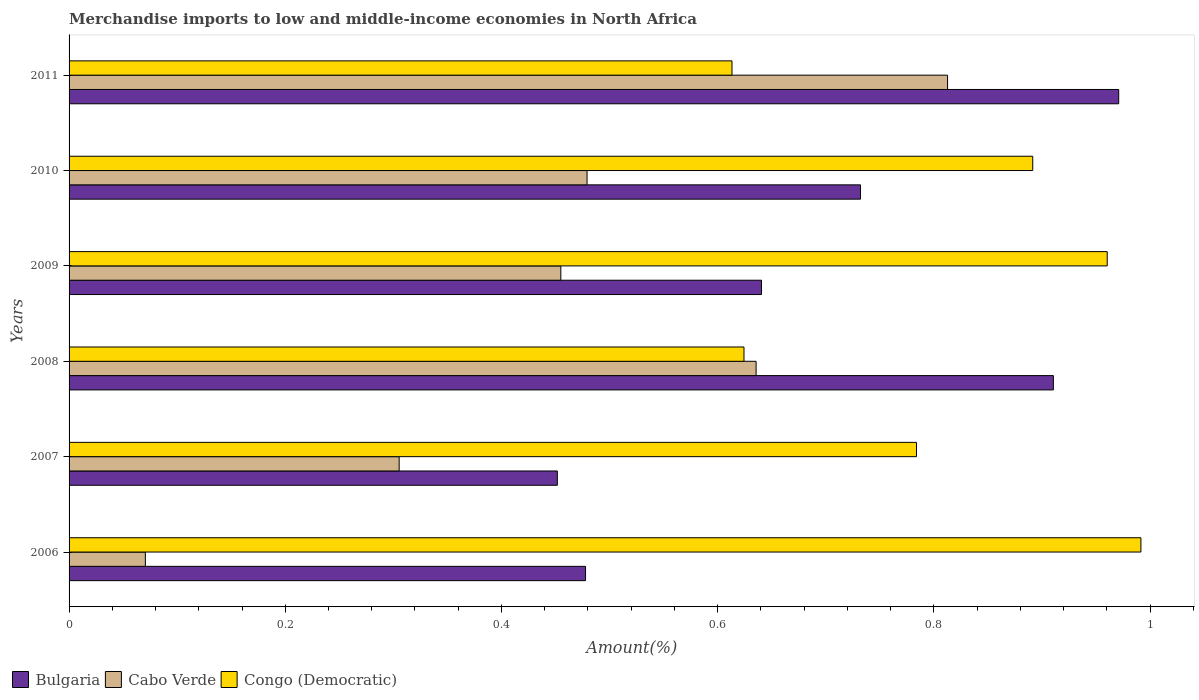
| Years | Bulgaria | Cabo Verde | Congo (Democratic) |
 | --- | --- | --- | --- |
 | 2006 | 0.478 | 0.0706 | 0.992 |
 | 2007 | 0.452 | 0.305 | 0.784 |
 | 2008 | 0.911 | 0.636 | 0.624 |
 | 2009 | 0.641 | 0.455 | 0.96 |
 | 2010 | 0.732 | 0.479 | 0.892 |
 | 2011 | 0.971 | 0.813 | 0.613 |